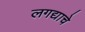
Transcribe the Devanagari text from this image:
लगद्याचे